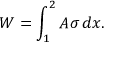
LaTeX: W = \int _ { 1 } ^ { 2 } A \sigma \, d x .